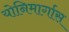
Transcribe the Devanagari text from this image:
योनिमार्गास